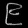
Digit: ၉